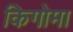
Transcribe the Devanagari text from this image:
किगोमा